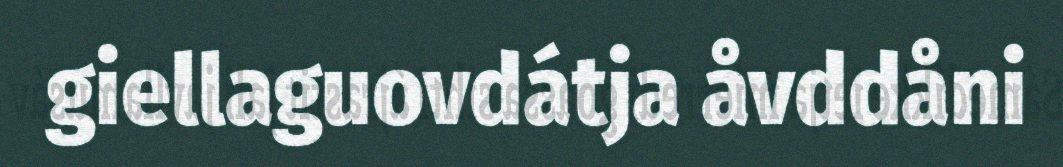
giellaguovdátja åvddåni